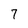
Character: 7